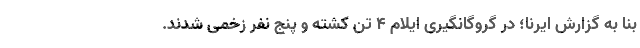
بنا به گزارش ایرنا؛ در گروگانگیری ایلام ۴ تن کشته و پنج نفر زخمی شدند.